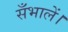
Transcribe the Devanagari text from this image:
सँभालें।